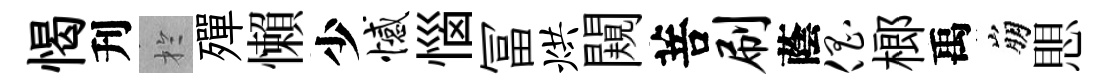
愒刋扵殫懶少憾惱冨烘闚菩刷蔭倡榔禹崩愳